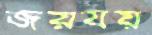
জয়যয়